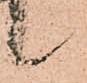
候